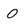
Character: 0